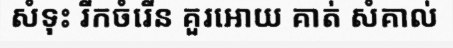
សំទុះ រីកចំរើន គួរអោយ គាត់ សំគាល់